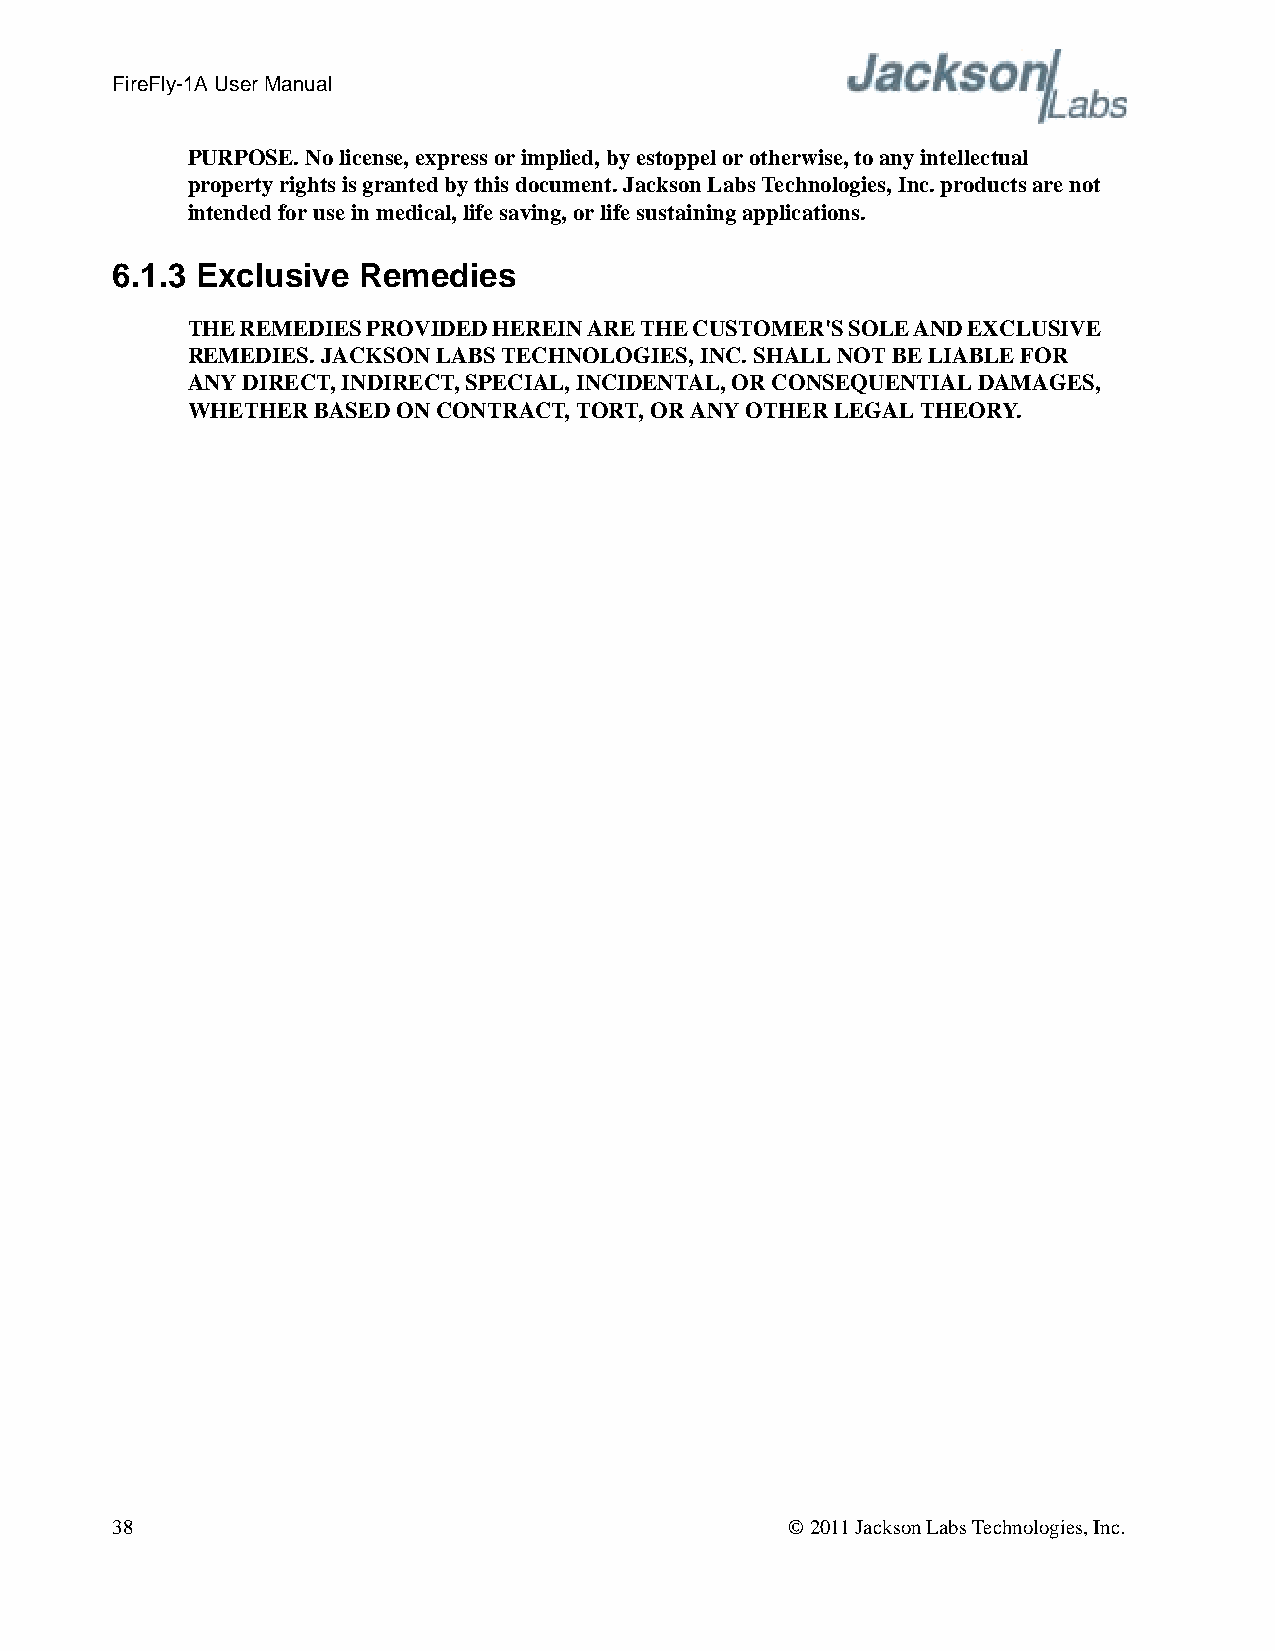
FireFly-1A User Manual
 PURPOSE. No license, express or implied, by estoppel or otherwise, to any intellectual
 property rights is granted by this document. Jackson Labs Technologies, Inc. products are not
 intended for use in medical, life saving, or life sustaining applications.
 6.1.3 Exclusive  Remedies
 THE REMEDIES PROVIDED HEREIN ARE THE CUSTOMER'S SOLE AND EXCLUSIVE
 REMEDIES. JACKSON LABS TECHNOLOGIES, INC. SHALL NOT BE LIABLE FOR
 ANY DIRECT, INDIRECT, SPECIAL, INCIDENTAL, OR CONSEQUENTIAL DAMAGES,
 WHETHER  BASED ON CONTRACT, TORT, OR ANY OTHER LEGAL THEORY.
 38                                           © 2011 Jackson Labs Technologies, Inc.